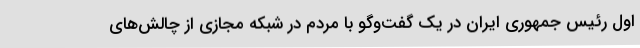
اول رئیس جمهوری ایران در یک گفت‌وگو با مردم در شبکه مجازی از چالش‌های